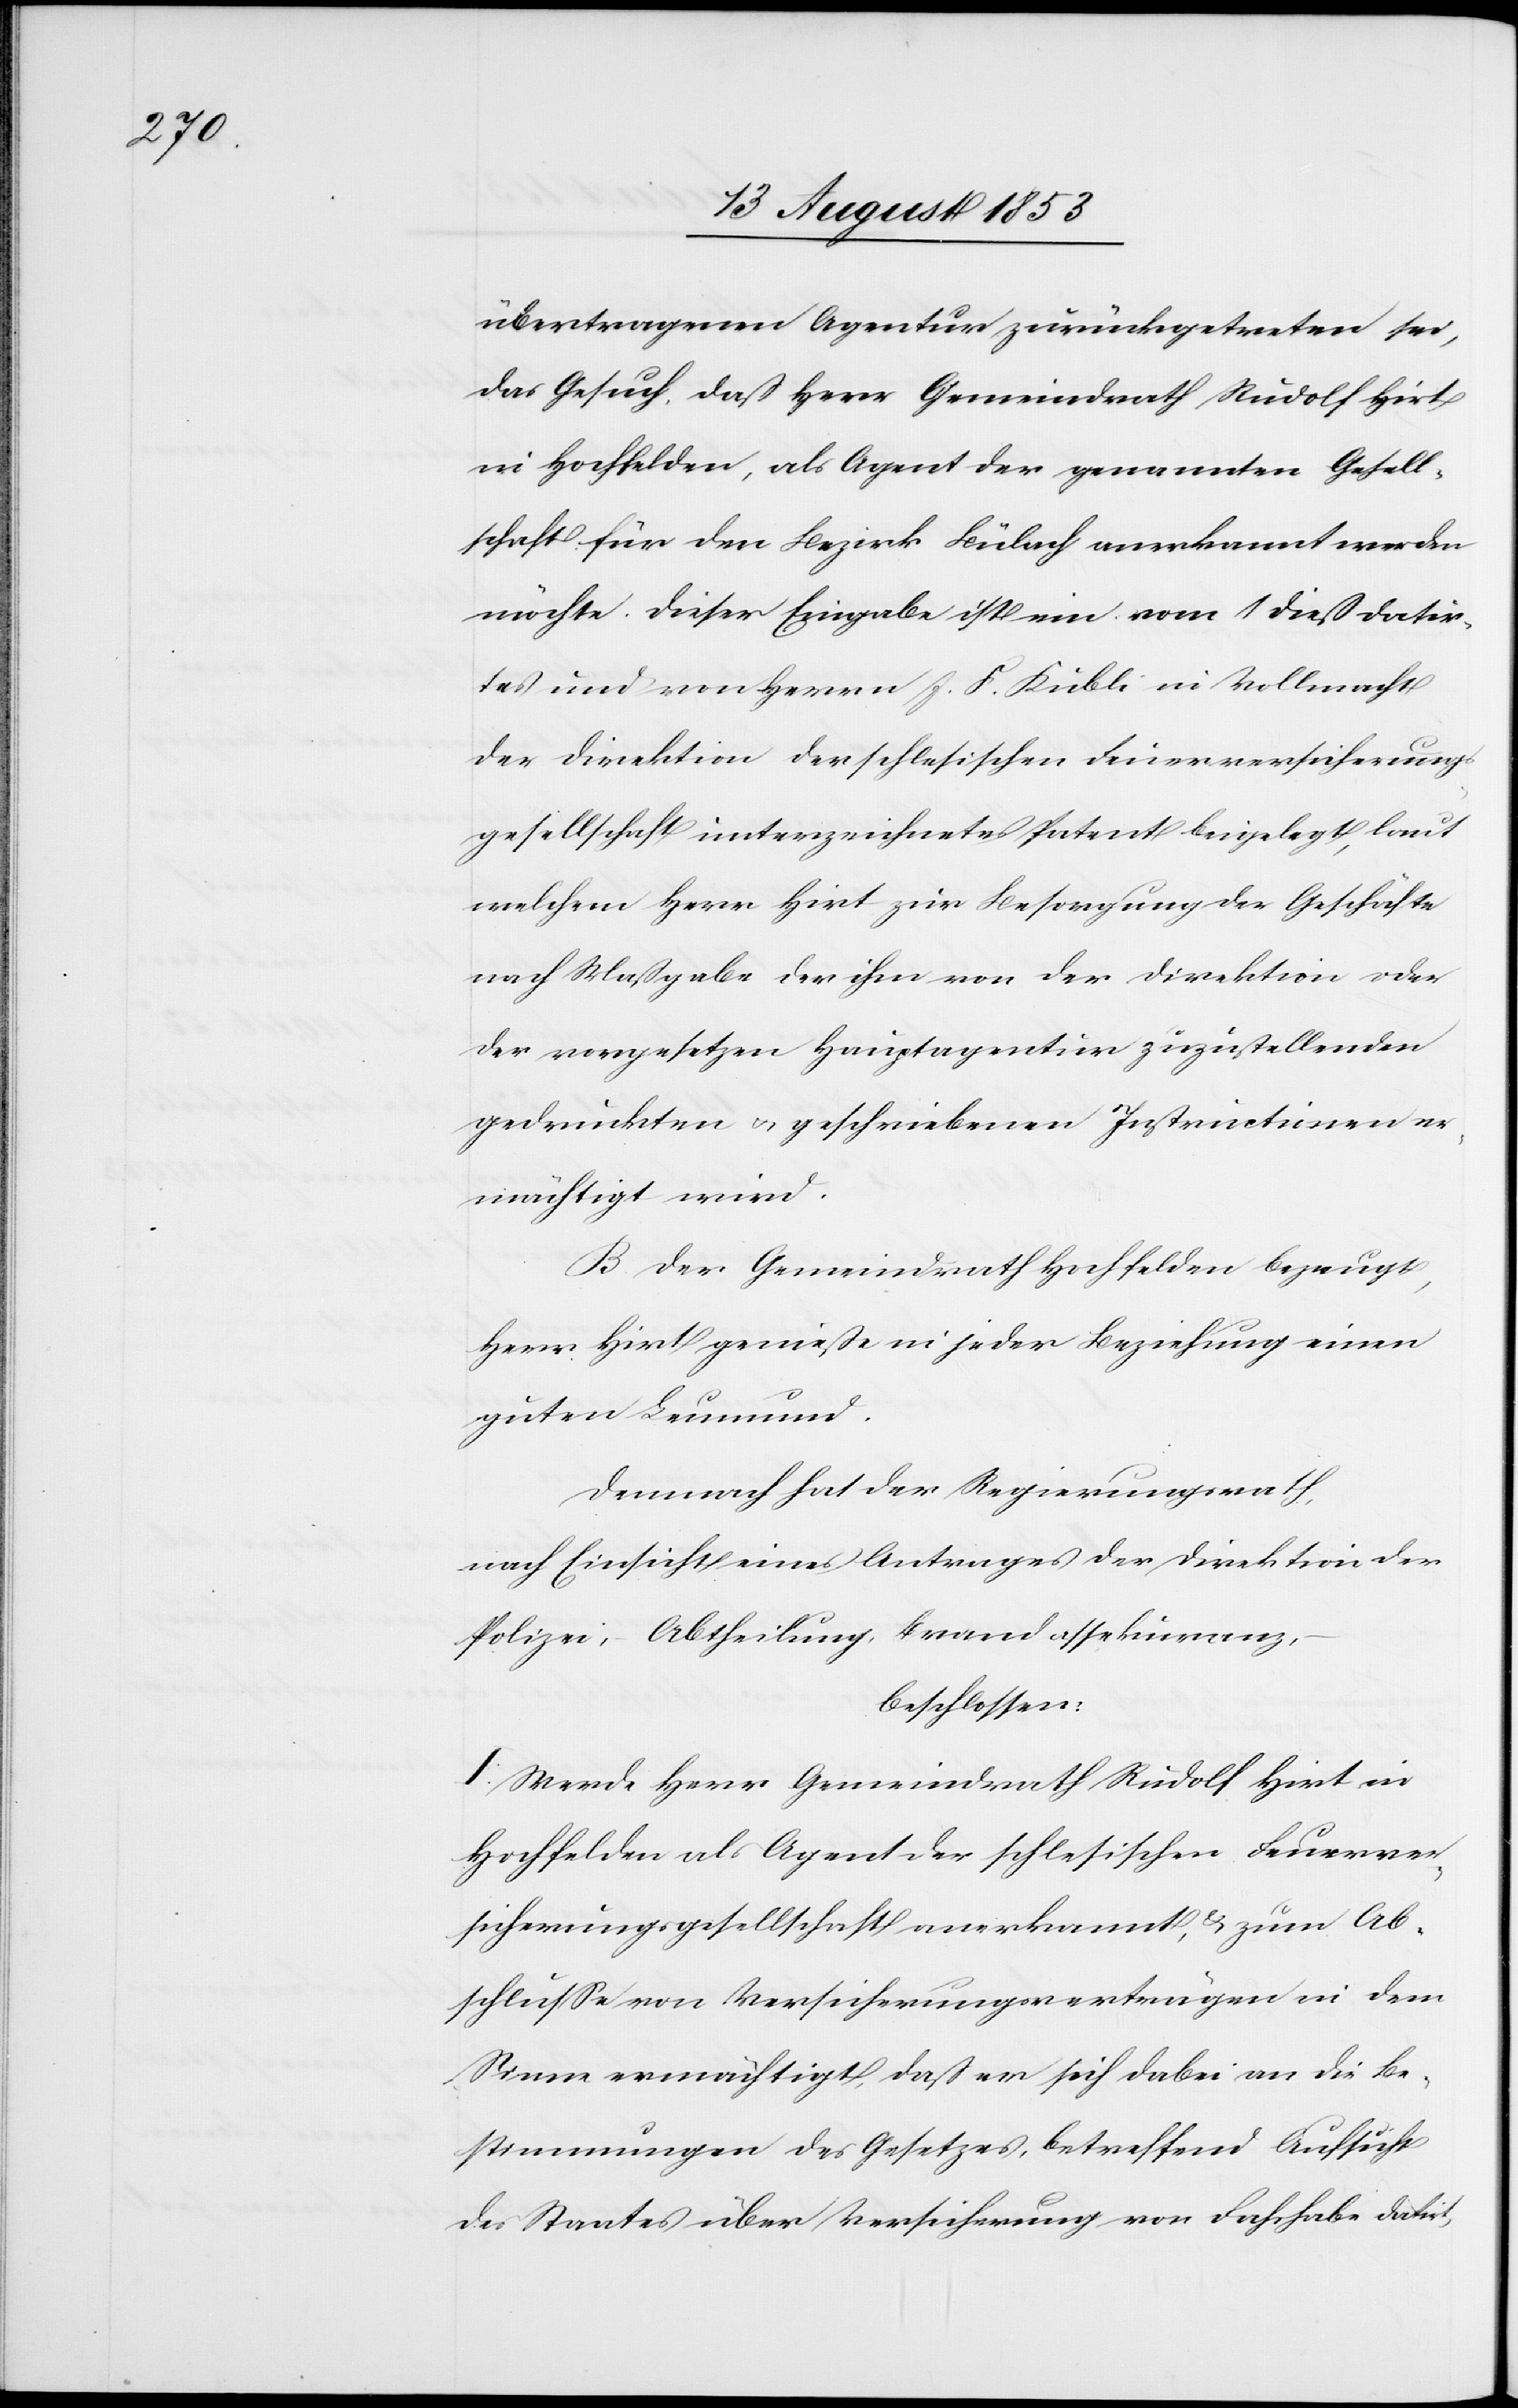
übertragenen Agentur zurückgetreten sei,
das Gesuch, daß Herr Gemeindrath Rudolf Hirt
in Hochfelden, als Agent der genannten Gesell¬
schaft für den Bezirk Bülach anerkannt werden
möchte. Dieser Eingabe ist ein vom 1 dieß datir¬
tes und von Herrn J. F. Kübli in Vollmacht
der Direktion der schlesischen Feuerversicherungs¬
gesellschaft unterzeichnetes Patent beigelegt, laut
welchem Herr Hirt zur Besorgung der Geschäfte
nach Maßgabe der ihm von der Direktion oder
der vorgesetzten Hauptagentur zuzustellenden
gedruckten u. geschriebenen Instructionen er¬
mächtigt wird.
B. Der Gemeindrath Hochfelden bezeugt,
Herr Hirt genieße in jeder Beziehung einen
guten Leumund.
Demnach hat der Regierungsrath,
nach Einsicht eines Antrages der Direktion der
Polizei, Abtheilung, Brandassekuranz,
beschlossen:
I. Werde Herr Gemeindrath Rudolf Hirt in
Hochfelden als Agent der schlesischen Feuerver¬
sicherungsgesellschaft anerkannt u. zum Ab¬
schluße von Versicherungsverträgen in dem
Sinne ermächtigt, daß er sich dabei an die Be¬
stimmungen des Gesetzes, betreffend Aufsicht
des Staates über Versicherung von Fahrhabe datirt,